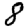
Digit: 8